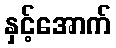
နှင့်အောက်